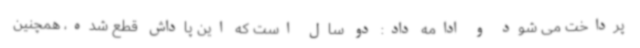
پرداخت می شود و ادامه داد: دو سال است که این پاداش قطع شده، همچنین